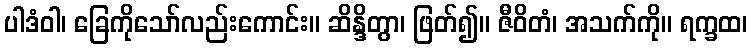
ပါဒံဝါ၊ ခြေကိုသော်လည်းကောင်း။ ဆိန္ဒိတွာ၊ ဖြတ်၍။ ဇီဝိတံ၊ အသက်ကို။ ရက္ခထ၊